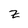
Character: z